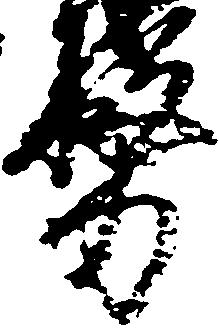
務